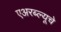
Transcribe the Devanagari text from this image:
एअरब्ल्यूचे